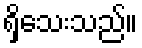
ရှိသေးသည်။